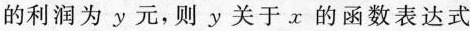
的利润为y元，则y关于x的函数表达式